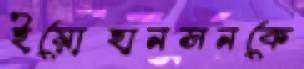
ইয়োহানসনকে